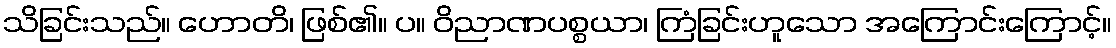
သိခြင်းသည်။ ဟောတိ၊ ဖြစ်၏။ ပ။ ဝိညာဏပစ္စယာ၊ ကြံခြင်းဟူသော အကြောင်းကြောင့်။